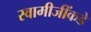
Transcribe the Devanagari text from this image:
स्वामीजींकडे